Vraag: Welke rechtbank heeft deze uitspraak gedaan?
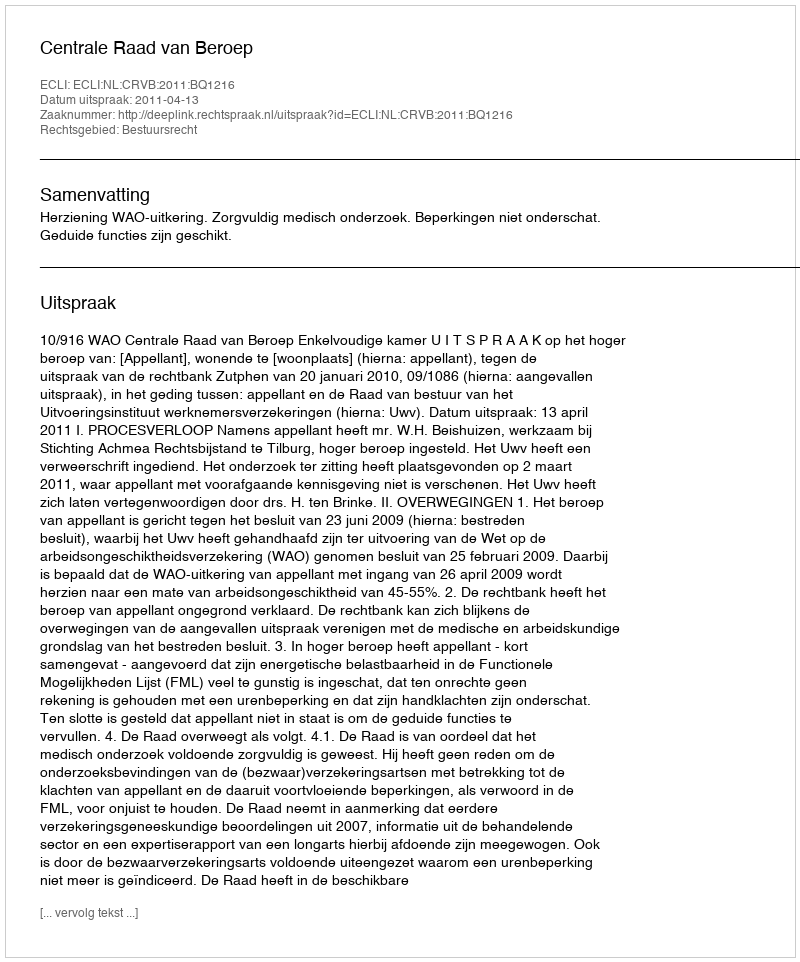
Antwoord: Centrale Raad van Beroep